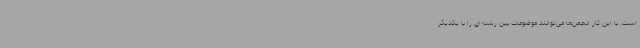
است. با این کار انجمن‌ها می‌توانند موضوعات بین رشته‌ای را با یکدیگر